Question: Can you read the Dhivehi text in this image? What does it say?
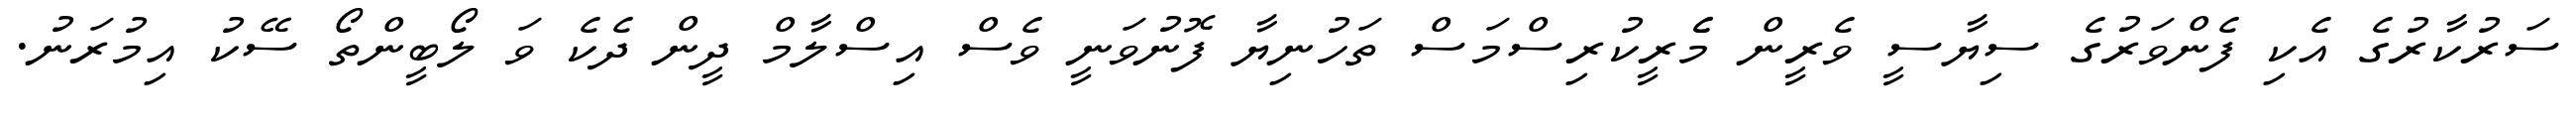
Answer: ސަރުކާރުގެ އެކި ފެންވަރުގެ ސިޔާސީ ވެރީން މެެރީކުރިސްމަސް ތަހުނިޔާ ފޮނުވަނީ ވެސް އިސްލާމް ދީން ދެކެ ވަ ލޯބީންތޯ ސޭކު އިމުރަނު.